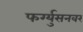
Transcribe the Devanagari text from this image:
फर्ग्युसनवर